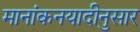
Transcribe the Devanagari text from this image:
मानांकनयादीनुसार